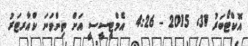
އޮކްޓޯބަރު 31